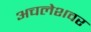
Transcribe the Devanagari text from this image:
अचलेशवर